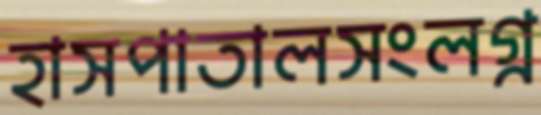
হাসপাতালসংলগ্ন